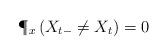
LaTeX: \begin{align*}\P_{x}\left(X_{t-}\not=X_{t}\right)=0\end{align*}